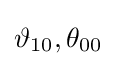
\vartheta _{10},\theta _{00}